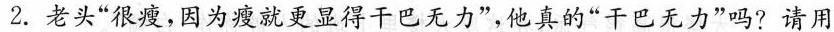
2.老头”很瘦，因为瘦就更显得干巴无力”，他真的”干巴无力”吗?请用